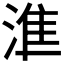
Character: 𰜛